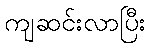
ကျဆင်းလာပြီး